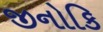
જીનોકિ